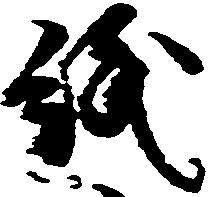
紙